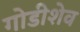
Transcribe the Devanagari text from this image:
गोडीशेव